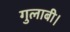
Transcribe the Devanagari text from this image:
गुलाबी।